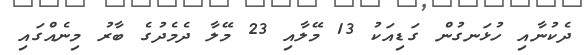
ދެކުނާއި ހުޅަނގުން ގަޑިއަކު 13 މޭލާއި 23 މޭލާ ދެމެދުގެ ބާރު މިނެއްގައި